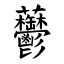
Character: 䖇